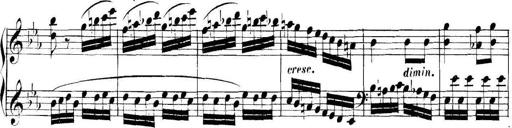
Title: Collected Piano Sonatas
Composer: Muzio Clementi